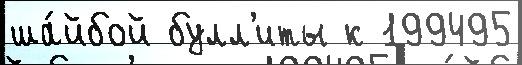
ша́йбой булл'иты к 199495